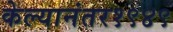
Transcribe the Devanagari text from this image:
केल्यानंतर१९४९